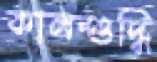
কালশুদ্ধি